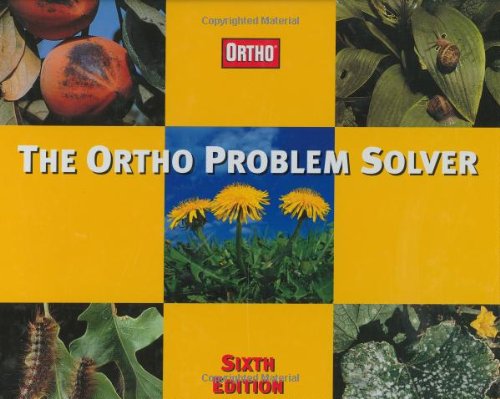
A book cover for The Ortho Problem Solver, Sixth Edition; Crafts, Hobbies & Home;